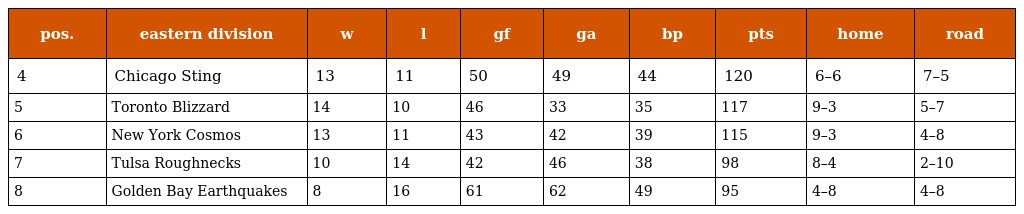
| pos. | eastern division | w | l | gf | ga | bp | pts | home | road |
 | --- | --- | --- | --- | --- | --- | --- | --- | --- | --- |
 | 4 | Chicago Sting | 13 | 11 | 50 | 49 | 44 | 120 | 6–6 | 7–5 |
 | 5 | Toronto Blizzard | 14 | 10 | 46 | 33 | 35 | 117 | 9–3 | 5–7 |
 | 6 | New York Cosmos | 13 | 11 | 43 | 42 | 39 | 115 | 9–3 | 4–8 |
 | 7 | Tulsa Roughnecks | 10 | 14 | 42 | 46 | 38 | 98 | 8–4 | 2–10 |
 | 8 | Golden Bay Earthquakes | 8 | 16 | 61 | 62 | 49 | 95 | 4–8 | 4–8 |